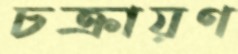
চক্রায়ণ